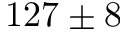
1 2 7 \pm 8